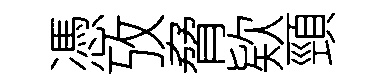
憑攷脅欵頸